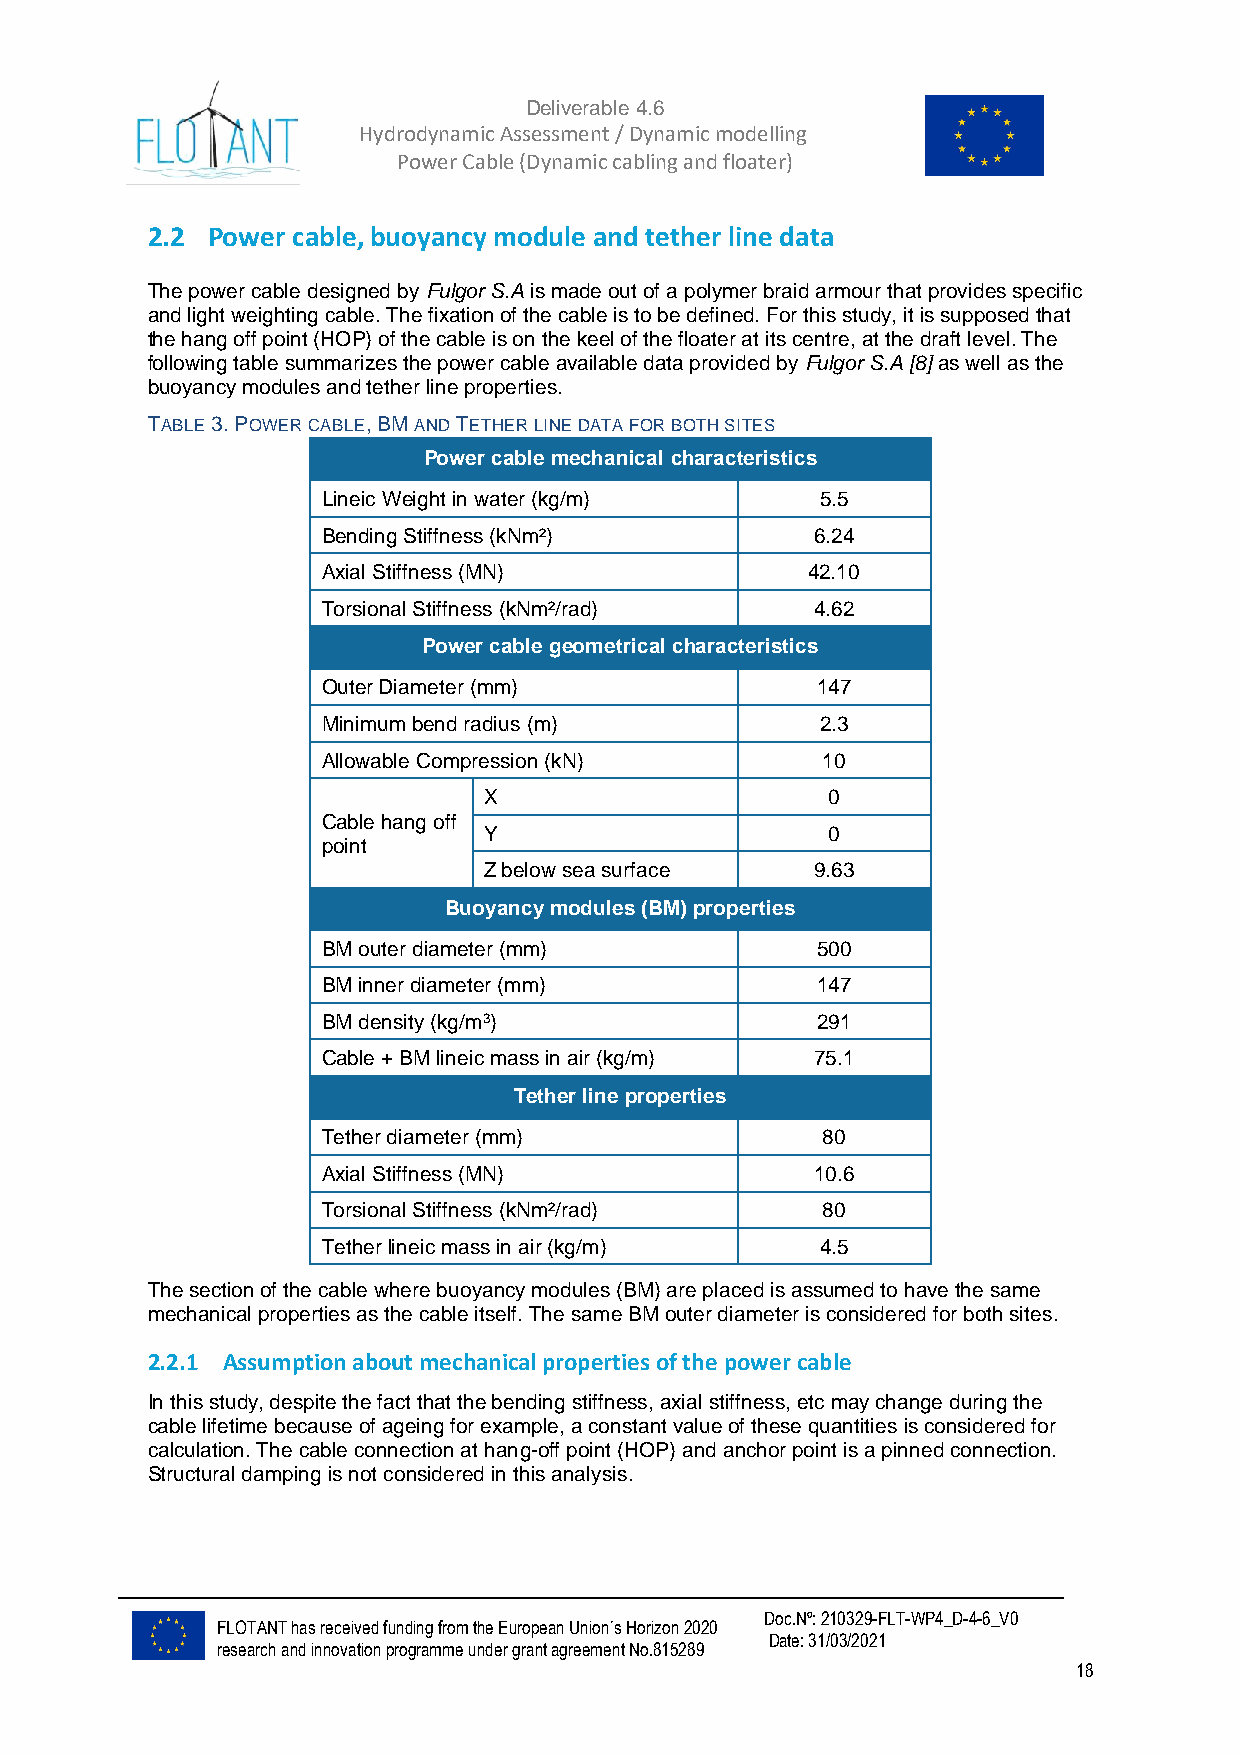
Deliverable 4.6
 Hydrodynamic Assessment / Dynamic modelling of
 Power Cable (Dynamic cabling and floater)
 2.2 Power cable, buoyancy module and tether line data
 The power cable designed by Fulgor S.A is made out of a polymer braid armour that provides specific
 and light weighting cable. The fixation of the cable is to be defined. For this study, it is supposed that
 the hang off point (HOP) of the cable is on the keel of the floater at its centre, at the draft level. The
 following table summarizes the power cable available data provided by Fulgor S.A [8] as well as the
 buoyancy modules and tether line properties.
 TABLE 3. POWER CABLE, BM AND TETHER LINE DATA FOR BOTH SITES
 Power cable mechanical characteristics
 Lineic Weight in water (kg/m)    5.5
 Bending Stiffness (kNm²)         6.24
 Axial Stiffness (MN)            42.10
 Torsional Stiffness (kNm²/rad)   4.62
 Power cable geometrical characteristics
 Outer Diameter (mm)              147
 Minimum bend radius (m)          2.3
 Allowable Compression (kN)       10
 X                      0
 Cable hang off
 Y                      0
 point
 Z below sea surface   9.63
 Buoyancy modules (BM) properties
 BM outer diameter (mm)           500
 BM inner diameter (mm)           147
 BM density (kg/m3)               291
 Cable + BM lineic mass in air (kg/m) 75.1
 Tether line properties
 Tether diameter (mm)             80
 Axial Stiffness (MN)             10.6
 Torsional Stiffness (kNm²/rad)   80
 Tether lineic mass in air (kg/m) 4.5
 The section of the cable where buoyancy modules (BM) are placed is assumed to have the same
 mechanical properties as the cable itself. The same BM outer diameter is considered for both sites.
 2.2.1 Assumption about mechanical properties of the power cable
 In this study, despite the fact that the bending stiffness, axial stiffness, etc may change during the
 cable lifetime because of ageing for example, a constant value of these quantities is considered for
 calculation. The cable connection at hang-off point (HOP) and anchor point is a pinned connection.
 Structural damping is not considered in this analysis.
 Doc.Nº: 210329-FLT-WP4_D-4-6_V0
 FLOTANT has received funding from the European Union´s Horizon 2020
 Date: 31/03/2021
 research and innovation programme under grant agreement No.815289
 18